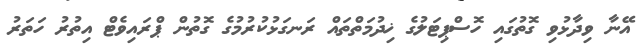
އޭނާ ވިދާޅުވި ގޮތުގައި ހޮސްޕިޓަލުގެ ޚިދުމަތްތައް ރަނގަޅުކުރުމުގެ ގޮތުން ޕްރައިވެޓް އިތުރު ހަތަރު